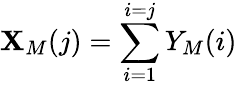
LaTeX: \mathbf{X}_{M}(j)=\sum_{i=1}^{i=j}Y_{M}(i)